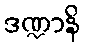
ဒဏ္ဍာနိ